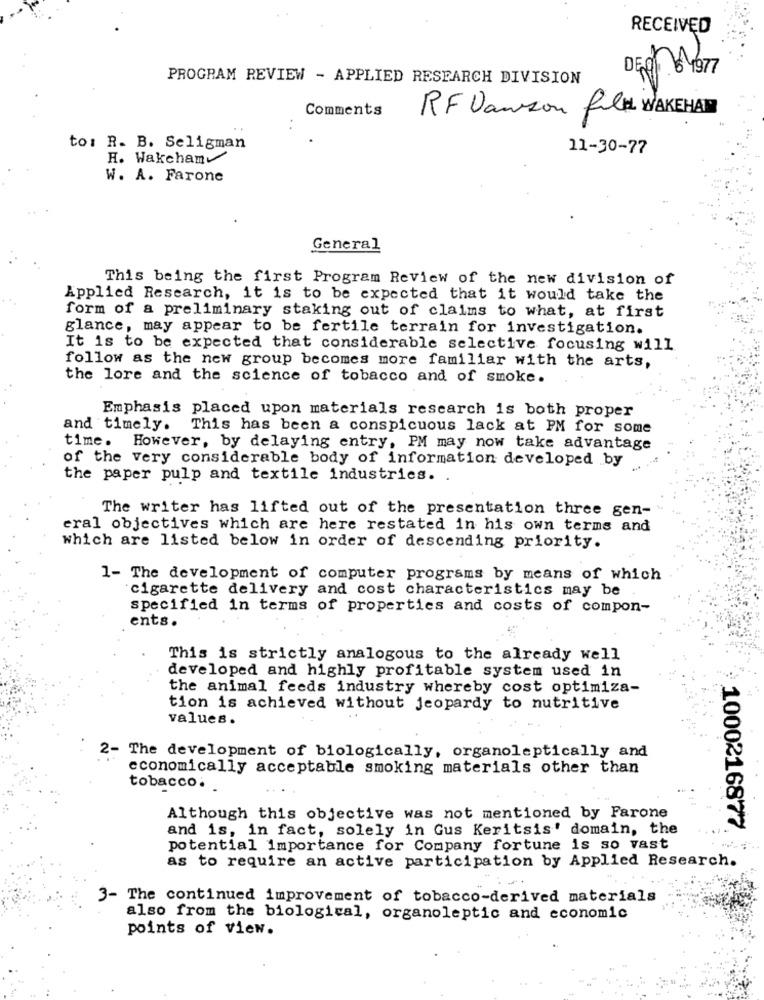
RECEIVED
PROGRAM REVIEW - APPLIED RESEARCH DIVISION
Comments
RF Dawson film WAKEHAN
to: R. B. Seligman
11-30-77
H. Wakcham
W. A. Farone
General
This being the first Program Review of the new division of
Applied Research, it is to be expected that it would take the
form of a preliminary staking out of claims to what, at first
glance, may appear to be fertile terrain for investigation.
It is to be expected that considerable selective focusing will
follow as the new group becomes more familiar with the arts,
the lore and the science of tobacco and of smoke.
Emphasis placed upon materials research is both proper
and timely. This has been a conspicuous lack at PM for some
time. However, by delaying entry, PM may now take advantage
of the very considerable body of information developed by
the paper pulp and textile industries. .
The writer has lifted out of the presentation three gen-
eral objectives which are here restated in his own terms and
which are listed below in order of descending priority.
1- The development of computer programs by means of which
cigarette delivery and cost characteristics may be
specified in terms of properties and costs of compon-
ents.
This is strictly analogous to the already well
developed and highly profitable system used in
the animal feeds industry whereby cost optimiza-
tion is achieved without jeopardy to nutritive
values.
2- The development of biologically, organoleptically and
economically acceptable smoking materials other than
tobacco. .
Although this objective was not mentioned by Farone
and is, in fact, solely in Gus Keritsis' domain, the
1000216877
potential importance for Company fortune is so vast
as to require an active participation by Applied Research.
3- The continued improvement of tobacco-derived materials
also from the biological, organoleptic and economic
points of view.